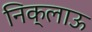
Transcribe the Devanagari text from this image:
निक्लाऊ